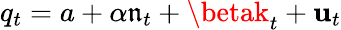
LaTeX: q_{t}=a+\alpha\mathfrak{n}_{t}+\betak_{t}+\mathbf{u}_{t}